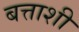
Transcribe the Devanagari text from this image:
बत्ताशी